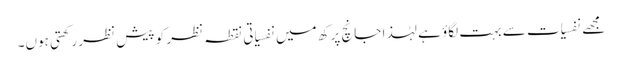
مجھے نفسیات سے بہت لگاؤ ہے لہٰذا جانچ پرکھ میں نفسیاتی نقطہ نظر کو پیش نظر رکھتی ہوں۔